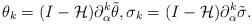
LaTeX: \begin{align*}\theta_k=(I-\mathcal{H})\partial_{\alpha}^k\tilde{\theta},\sigma_k=(I-\mathcal{H})\partial_{\alpha}^k\tilde{\sigma}.\end{align*}